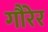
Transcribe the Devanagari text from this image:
गौरेर